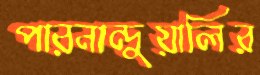
পারনান্দুয়ালির